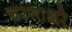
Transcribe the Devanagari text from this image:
चरणाक्षरे